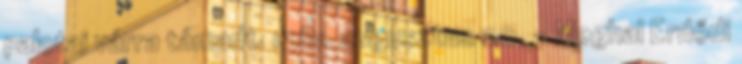
palotai várra támadt. 1581. augusztus 20. – Meghal Erdődi